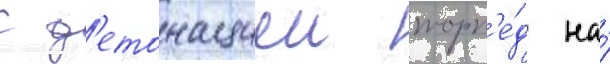
с д'етонациеи торп'е́д на́